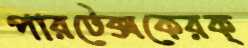
পারটেক্সকেরক্